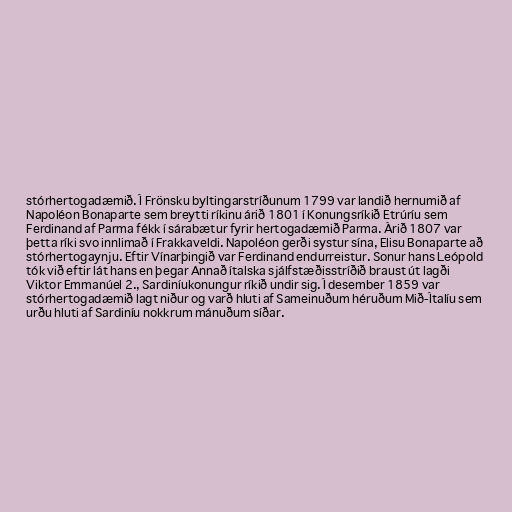
stórhertogadæmið. Í Frönsku byltingarstríðunum 1799 var landið hernumið af
Napoléon Bonaparte sem breytti ríkinu árið 1801 í Konungsríkið Etrúríu sem
Ferdinand af Parma fékk í sárabætur fyrir hertogadæmið Parma. Árið 1807 var
þetta ríki svo innlimað í Frakkaveldi. Napoléon gerði systur sína, Elisu Bonaparte að
stórhertogaynju. Eftir Vínarþingið var Ferdinand endurreistur. Sonur hans Leópold
tók við eftir lát hans en þegar Annað ítalska sjálfstæðisstríðið braust út lagði
Viktor Emmanúel 2., Sardiníukonungur ríkið undir sig. Í desember 1859 var
stórhertogadæmið lagt niður og varð hluti af Sameinuðum héruðum Mið-Ítalíu sem
urðu hluti af Sardiníu nokkrum mánuðum síðar.